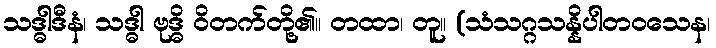
သဒ္ဓါဒီနံ၊ သဒ္ဓါ ဗုဒ္ဓိ ဝိတက်တို့၏။ တထာ၊ တူ။ (သံသဂ္ဂသန္နိပါတဝသေန၊